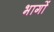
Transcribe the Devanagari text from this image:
भागाें